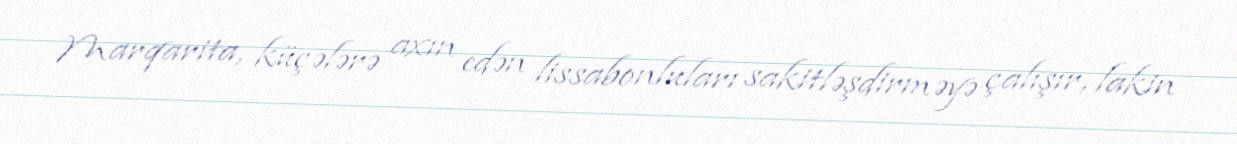
Marqarita, küçələrə axın edən lissabonluları sakitləşdirməyə çalışır, lakin